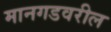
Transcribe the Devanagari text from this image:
मानगडवरील